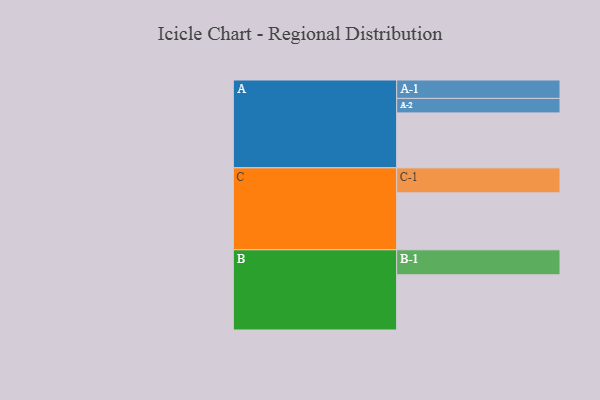
{"axis": {"x": "Segment", "y": "Value"}, "legend": ["", "A", "B", "C"], "data": [{"x": "A", "y": 576, "type": ""}, {"x": "B", "y": 579, "type": ""}, {"x": "C", "y": 597, "type": ""}, {"x": "A-1", "y": 193, "type": "A"}, {"x": "A-2", "y": 152, "type": "A"}, {"x": "B-1", "y": 262, "type": "B"}, {"x": "C-1", "y": 262, "type": "C"}]}